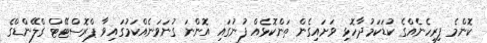
ކޮންމެ ފިރިހެނެއްގެ ކުޑަކަމުދާހޮޅި ވަށައިގެން ތަންކޮޅެއް ފުނުގައި އޮންނަ ގުނަވަނެއްކަމުގައިވާ ޕްރޮސްޓޭޓް ގްލޭންޑްގެ